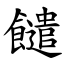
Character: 䭤